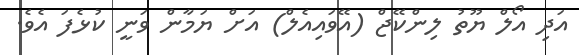
އަދި އޯލް ޔޫތު ލިންކޭޖް (އޭވައިއެލް) އަށް ޔަމާން ވަނީ ކުޅެފަ އެވެ.